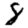
Digit: 8